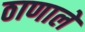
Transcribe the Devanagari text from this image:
ठाणाले